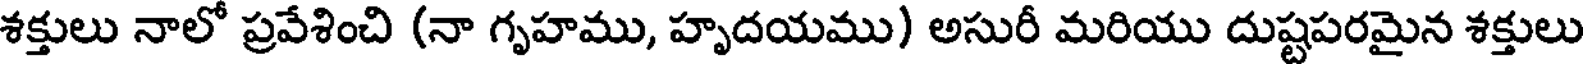
శక్తులు నాలో ప్రవేశించి (నా గృహము, హృదయము) అసురీ మరియు దుష్టపరమైన శక్తులు